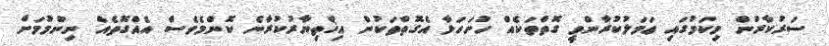
ސަރުކާރުން މިކަމުގައި ޢަމަލުކުރާންވީ ގޮތްތަކެއް ހުށަހަޅާ އެގޮތްތަކުން އިޚްތިޔާރުކުރާނެ ކޮންމެވެސް އެއްގޮތެއް ނިންމުމަށް